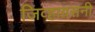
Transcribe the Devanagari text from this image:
जिव्हाग्रसनी